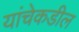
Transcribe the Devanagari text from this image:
यांचेकडील